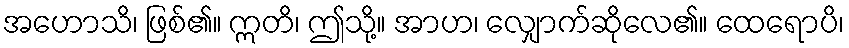
အဟောသိ၊ ဖြစ်၏။ ဣတိ၊ ဤသို့။ အာဟ၊ လျှောက်ဆိုလေ၏။ ထေရောပိ၊